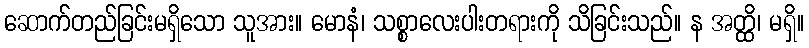
ဆောက်တည်ခြင်းမရှိသော သူအား။ မောနံ၊ သစ္စာလေးပါးတရားကို သိခြင်းသည်။ န အတ္ထိ၊ မရှိ။